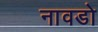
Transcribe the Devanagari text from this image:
नावडो